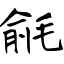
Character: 毹